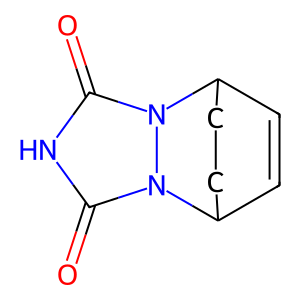
SMILES: O=c1[nH]c(=O)n2n1C1C=CC2CC1
Inhibits HIV replication: No